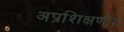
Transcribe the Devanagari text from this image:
अप्रशिक्षणीय